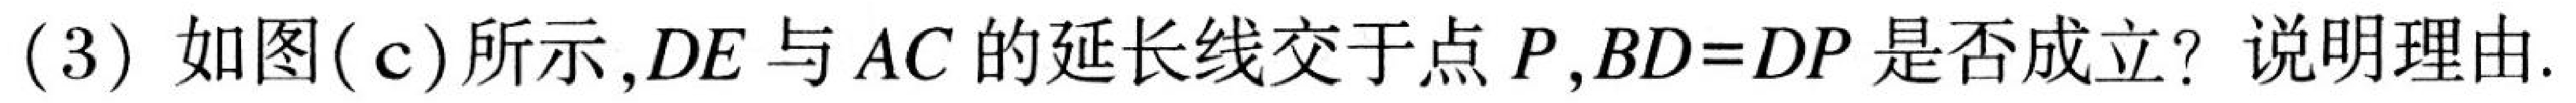
(3) 如图(c)所示,$DE$与$AC$的延长线交于点$P$,$BD = DP$是否成立? 说明理由.